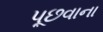
પૂછવાના